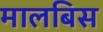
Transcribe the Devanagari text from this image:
मालबिस